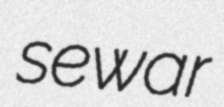
sewar